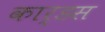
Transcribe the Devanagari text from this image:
कार्डस